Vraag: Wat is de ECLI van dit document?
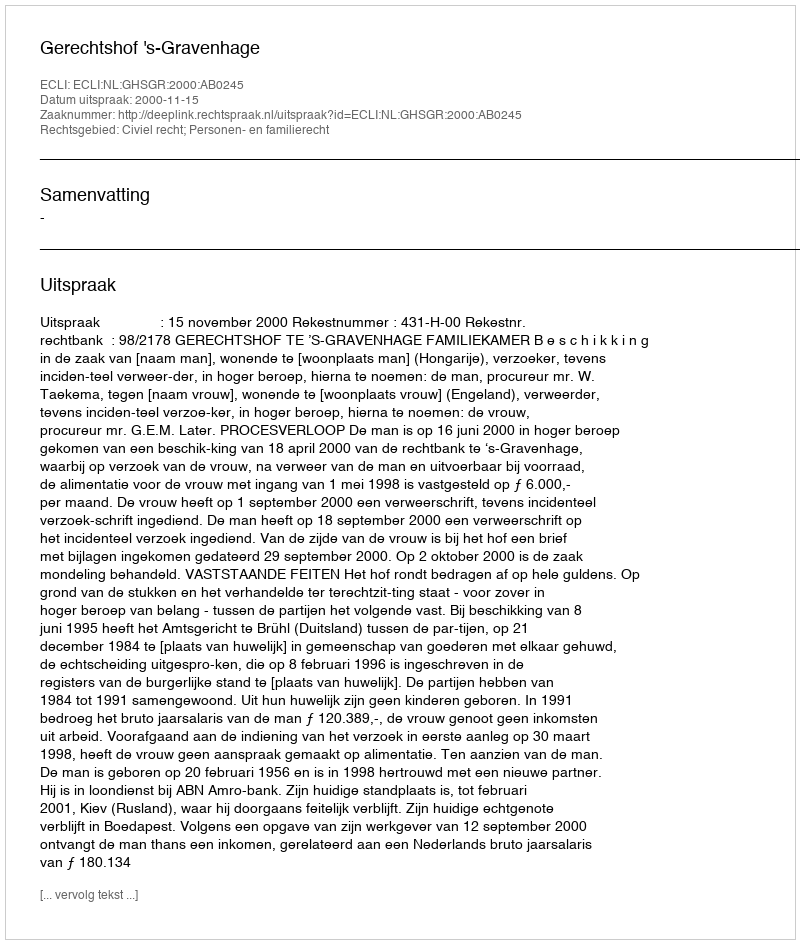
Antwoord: ECLI:NL:GHSGR:2000:AB0245